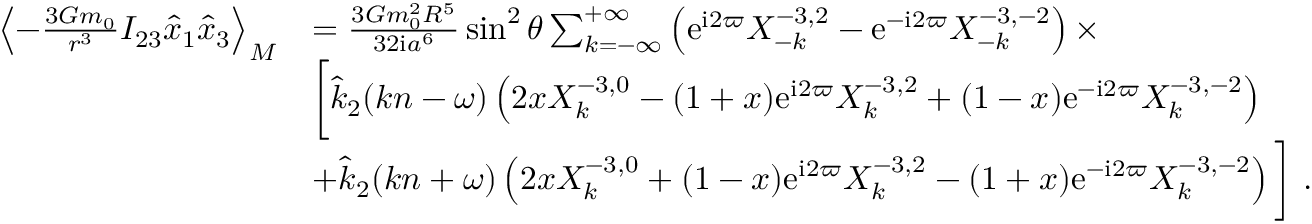
\begin{array} { r l } { \left\langle - \frac { 3 { \cal G } m _ { 0 } } { r ^ { 3 } } I _ { 2 3 } \hat { x } _ { 1 } \hat { x } _ { 3 } \right\rangle _ { M } } & { = \frac { 3 { \cal G } m _ { 0 } ^ { 2 } R ^ { 5 } } { 3 2 \mathrm { i } a ^ { 6 } } \sin ^ { 2 } \theta \sum _ { k = - \infty } ^ { + \infty } \left( \mathrm { e } ^ { \mathrm { i } 2 \varpi } X _ { - k } ^ { - 3 , 2 } - \mathrm { e } ^ { - \mathrm { i } 2 \varpi } X _ { - k } ^ { - 3 , - 2 } \right) \times } \\ & { \bigg [ \hat { k } _ { 2 } ( k n - \omega ) \left( 2 x X _ { k } ^ { - 3 , 0 } - ( 1 + x ) \mathrm { e } ^ { \mathrm { i } 2 \varpi } X _ { k } ^ { - 3 , 2 } + ( 1 - x ) \mathrm { e } ^ { - \mathrm { i } 2 \varpi } X _ { k } ^ { - 3 , - 2 } \right) } \\ & { + \hat { k } _ { 2 } ( k n + \omega ) \left( 2 x X _ { k } ^ { - 3 , 0 } + ( 1 - x ) \mathrm { e } ^ { \mathrm { i } 2 \varpi } X _ { k } ^ { - 3 , 2 } - ( 1 + x ) \mathrm { e } ^ { - \mathrm { i } 2 \varpi } X _ { k } ^ { - 3 , - 2 } \right) \bigg ] \ . } \end{array}